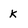
Character: K